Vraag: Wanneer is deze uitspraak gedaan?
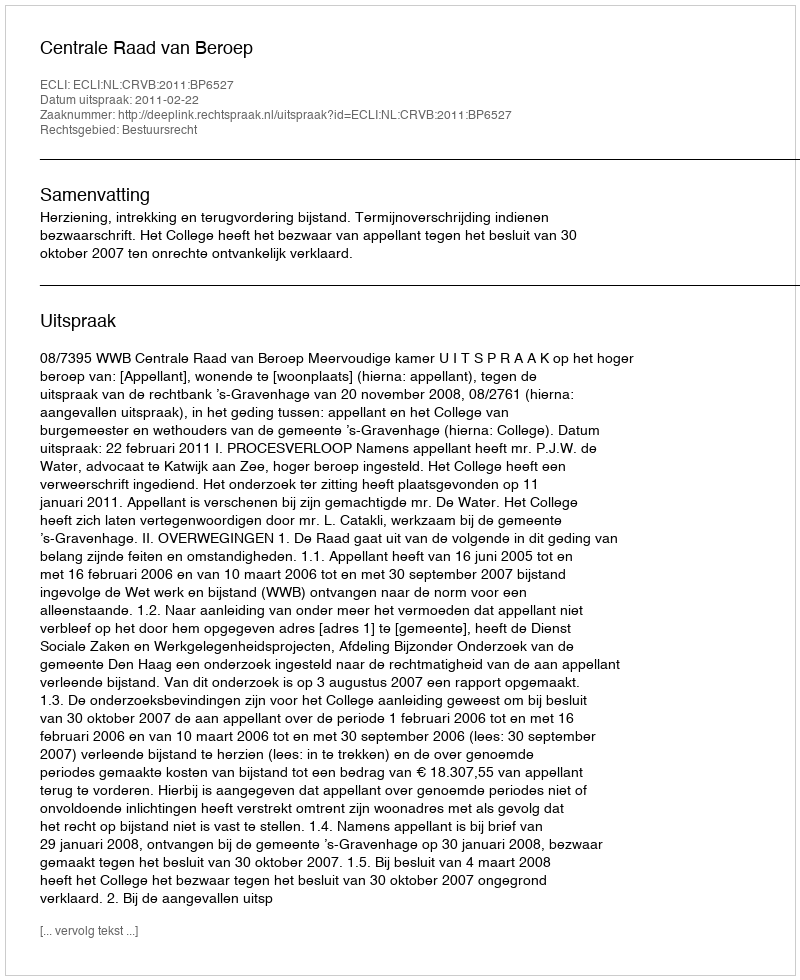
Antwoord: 2011-02-22